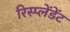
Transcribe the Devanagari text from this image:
रिस्प्लेंडेंट